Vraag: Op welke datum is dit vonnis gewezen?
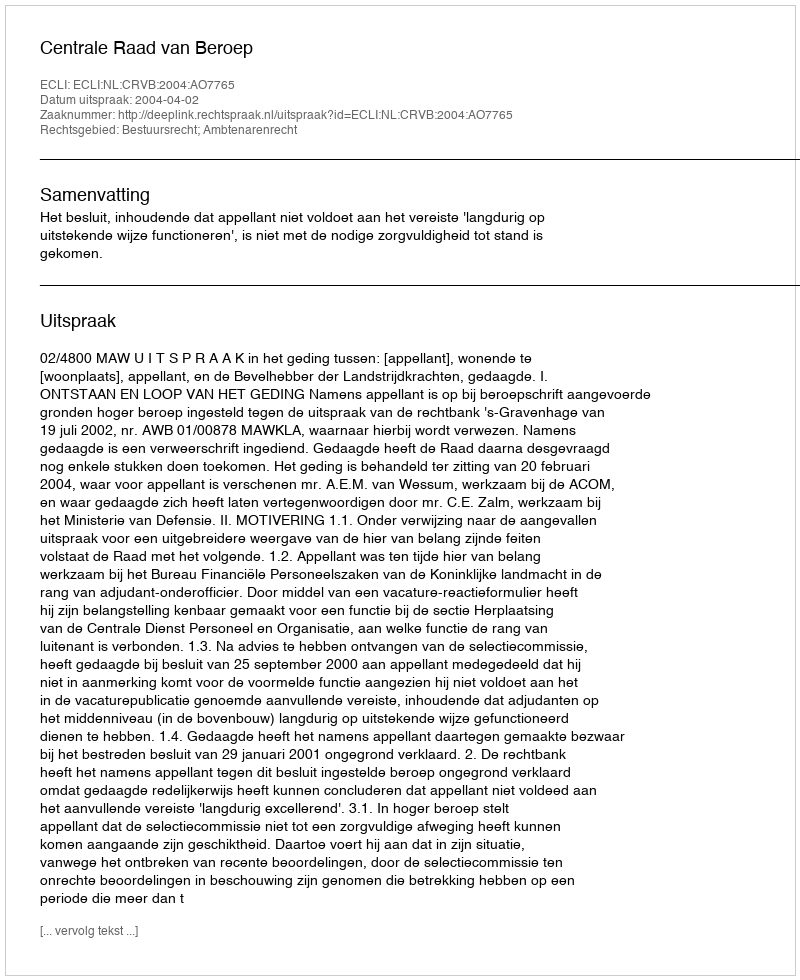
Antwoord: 2004-04-02